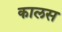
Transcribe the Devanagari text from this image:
कालस